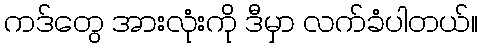
ကဒ်တွေ အားလုံးကို ဒီမှာ လက်ခံပါတယ်။